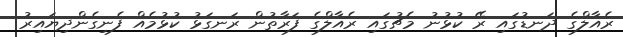
ރެއާލްގެ ދަނޑުގައި ރޭ ކުޅުނު މެެޗުގައި ރެއާލްގެ ފަރާތުން ރަނގަޅު ކުޅުމެއް ފެނިގެންދިޔައިރު